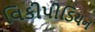
વિકીપીડિયન